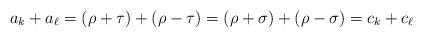
LaTeX: \begin{align*}a_k+a_{\ell} = (\rho+\tau) + (\rho - \tau) = (\rho+\sigma) + (\rho - \sigma) = c_k+c_{\ell} \end{align*}